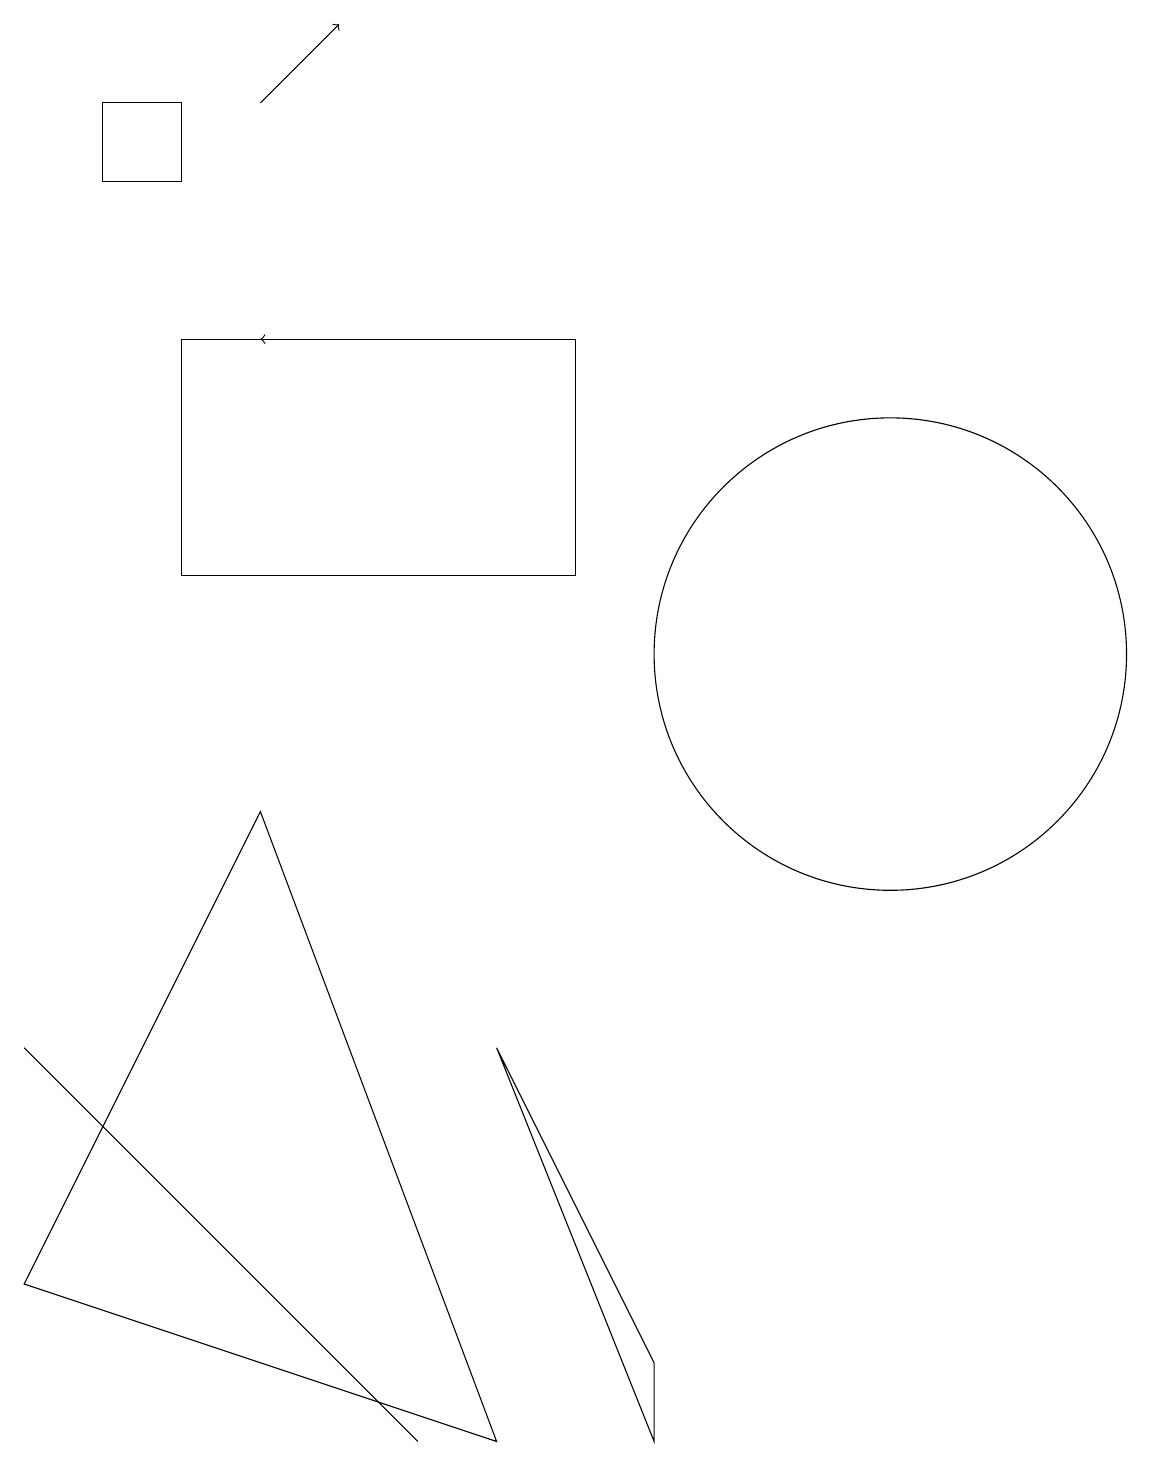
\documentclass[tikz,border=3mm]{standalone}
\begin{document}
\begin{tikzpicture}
\draw (2,18) rectangle (1,17);
\draw[->] (3,18) -- (4,19);
\draw (11,11) circle (3);
\draw (8,2) -- (6,6) -- (8,1) -- cycle;
\draw (0,6) -- (0,6) -- (5,1) -- cycle;
\draw[->] (5,15) -- (3,15);
\draw (7,15) rectangle (2,12);
\draw (3,9) -- (0,3) -- (6,1) -- cycle;
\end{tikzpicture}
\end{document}